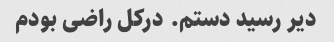
دیر رسید دستم. درکل راضی بودم